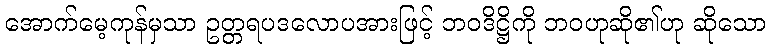
အောက်မေ့ကုန်မှသာ ဥတ္တရပဒလောပအားဖြင့် ဘဝဒိဋ္ဌိကို ဘဝဟုဆို၏ဟု ဆိုသော